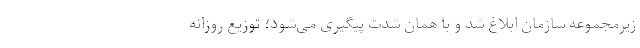
زیرمجموعه سازمان ابلاغ شد و با همان شدت پیگیری می‌شود؛ توزیع روزانه